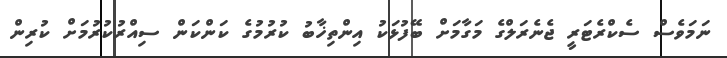
ނަމަވެސް ސެކްރެޓަރީ ޖެނެރަލްގެ މަގާމަށް ބޭފުޅަކު އިންތިޚާބު ކުރުމުގެ ކަންކަން ސިއްރުކުރުމަށް ކުރިން